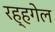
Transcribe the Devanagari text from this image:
रह्हगेल